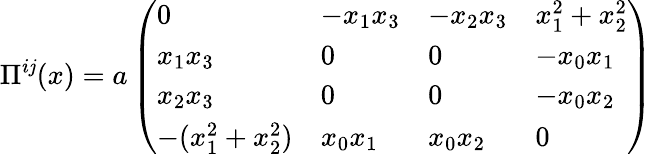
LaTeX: \Pi^{i\mathit{j}}(x)=a\left(\begin{array}{llll}{{0}}&{{-x_{1}x_{3}}}&{{-x_{2}x_{3}}}&{{x_{1}^{2}+x_{2}^{2}}}\\ {{x_{1}x_{3}}}&{{0}}&{{0}}&{{-x_{0}x_{1}}}\\ {{x_{2}x_{3}}}&{{0}}&{{0}}&{{-x_{0}x_{2}}}\\ {{-(x_{1}^{2}+x_{2}^{2})}}&{{x_{0}x_{1}}}&{{x_{0}x_{2}}}&{{0}}\end{array}\right)